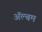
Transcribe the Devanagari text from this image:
अॅल्बम